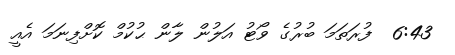
6:43  ފުރަތަމަ ބުރުގެ ވޯޓު އަލުން ލާން ޙުކުމް ކޮށްފިނަމަ އެއީ